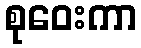
စုဝေးကာ